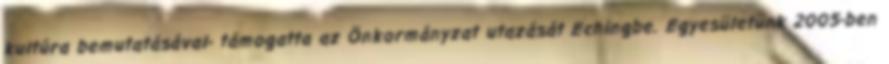
kultúra bemutatásával- támogatta az Önkormányzat utazását Echingbe. Egyesületünk 2005-ben